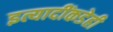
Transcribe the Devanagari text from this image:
इत्यादींकडेही